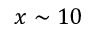
x \sim 1 0